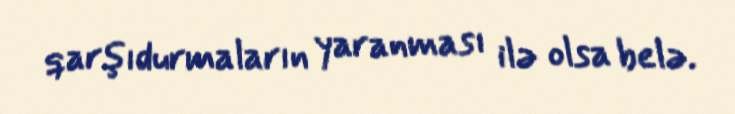
qarşıdurmaların yaranması ilə olsa belə.